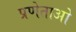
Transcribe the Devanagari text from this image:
प्रणेताओ